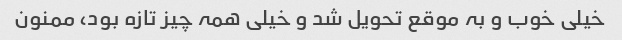
خیلی خوب و بہ موقع تحویل شد و خیلی ھمہ چیز تازہ بود، ممنون